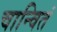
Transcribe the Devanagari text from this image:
चान्वितं